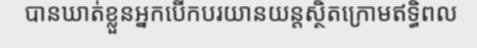
បានឃាត់ខ្លួនអ្នកបើកបរយានយន្តស្ថិតក្រោមឥទ្ធិពល